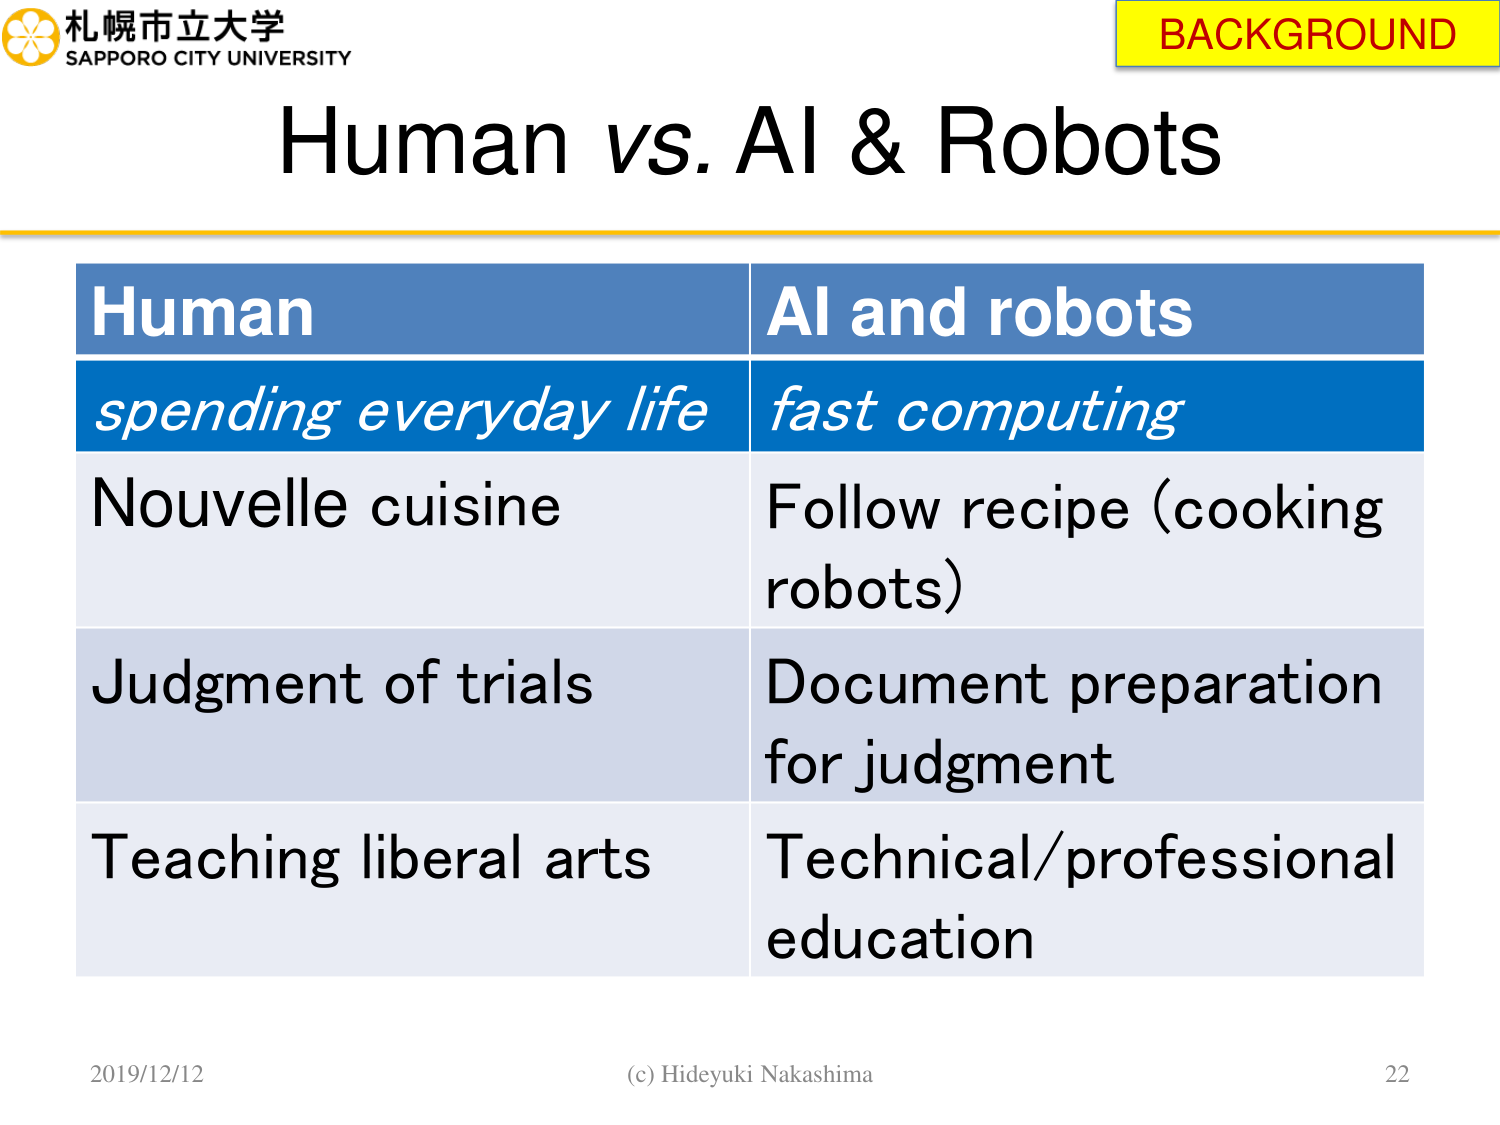
札幌市立大学
SAPPORO CITY UNIVERSITY
BACKGROUND
Human vs. AI & Robots
Human
spending everyday life
Nouvelle cuisine
Judgment of trials
Teaching liberal arts
AI and robots
fast computing
Follow recipe (cooking robots)
Document preparation for judgment
Technical/professional education
2019/12/12
(c) Hideyuki Nakashima
22